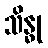
သိန္ဓု